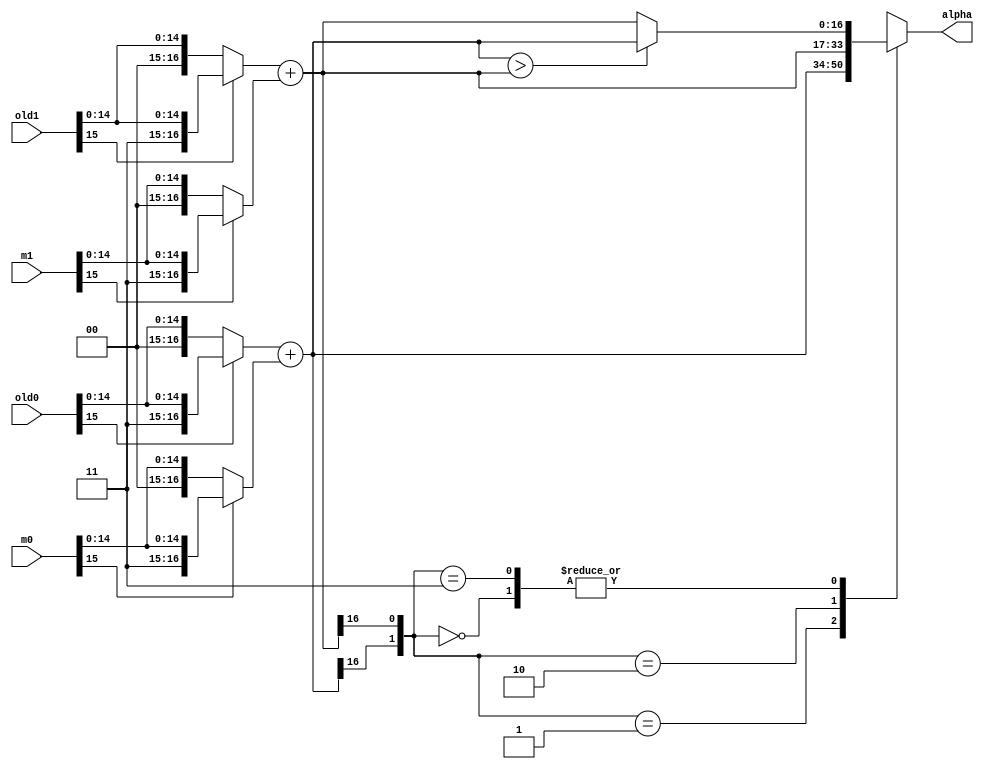
module TMAX(
old0,
old1,
m0,
m1,
alpha
);

input [15:0]old0;
input [15:0]old1;
input [15:0]m0;
input [15:0]m1;

output [16:0]alpha;

wire [16:0] data0,data1;
wire [16:0]old0_temp,old1_temp,m0_temp,m1_temp;
//wire [16:0] data0s,data1s;
reg [16:0]alpha;

assign old0_temp[16:0]=(old0[15])?({1'b1,old0[15:0]}):({1'b0,old0[15:0]});
assign old1_temp[16:0]=old1[15]?{1'b1,old1[15:0]}:{1'b0,old1[15:0]};
assign m0_temp[16:0]=m0[15]?{1'b1,m0[15:0]}:{1'b0,m0[15:0]};
assign m1_temp[16:0]=m1[15]?{1'b1,m1[15:0]}:{1'b0,m1[15:0]};


assign data0=old0_temp+m0_temp;
assign data1=old1_temp+m1_temp;
/*
assign data0s=(old0[15]&m0[15]&~data0[15]) ? (17'h10000):
          ((~old0[15]&~m0[15]&data0[15]) ? 17'hffff : data0);
          
assign data1s=(old1[15]&m1[15]&~data1[15]) ? (17'h10000):
          ((~old1[15]&~m1[15]&data1[15]) ? 17'hffff : data1);
*/      
          
always @(*)
  case ({data0[16],data1[16]})
  2'b00:
    if(data0>data1)
       alpha=data0;
    else  
       alpha = data1;
  2'b01:
       alpha=data0;
  2'b10:
       alpha=data1;
  2'b11:
    if(data0>data1)
        alpha=data0;
    else 
        alpha = data1;
  default:
    alpha=data0;
  endcase

endmodule